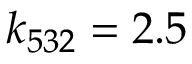
k _ { 5 3 2 } = 2 . 5